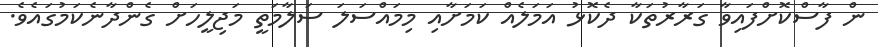
ން ފާސްކޮށްފައިވާ ގަރާރުތަކާ ދެކޮޅު އަމަލެއް ކަމަށާއި މިމައްސަލަ ސަލާމަތީ މަޖިލީހަށް ގެންދާނެކަމުގައެވެ.